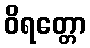
ဝိရတ္တော